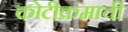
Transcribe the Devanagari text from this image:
कोटीक्रमाची